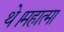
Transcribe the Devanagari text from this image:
थे।महात्मा